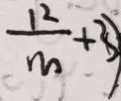
\frac { 1 2 } { m } + 3